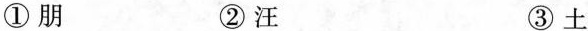
①朋 ②汪 ③土